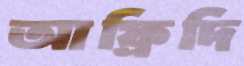
আফ্রিদি